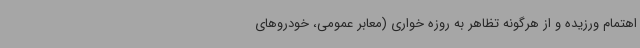
اهتمام ورزیده و از هرگونه تظاهر به روزه خواری (معابر عمومی، خودروهای